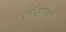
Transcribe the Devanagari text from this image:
लॉसलेस